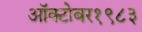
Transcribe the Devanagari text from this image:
ऑक्‍टोबर१९८३